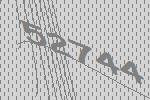
52744